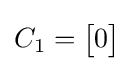
C_{1}={\begin{bmatrix}0\end{bmatrix}}